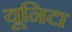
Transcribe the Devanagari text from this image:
यूनिटा